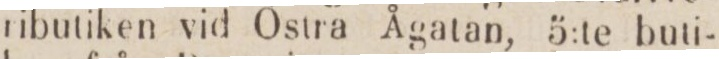
ributiken vid Östra Ågatan, 5:te buti-